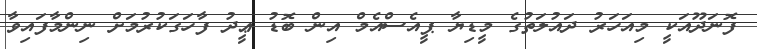
ފޮނަދޫއަކީ މިއަހަރު ދައުލަތުގެ މީޑިޔާ ޕީއެސްއެމް އިން ބޮޑު ޢީދު ފާހަގަކުރުމަށް ނިންމާފައިވާ